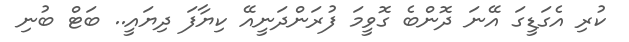
ކުރި އެގަޑީގަ އޭނަ ދޮންބެ ގޮވީމަ ފުރަންދަނީއޭ ކިޔާފަ ދިޔައީ.. ބަޓް ބުނި